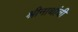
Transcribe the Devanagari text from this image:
श्रीनाथांची